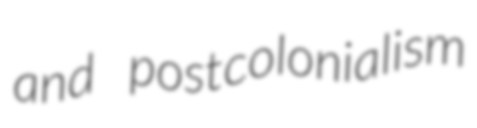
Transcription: and postcolonialism